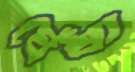
ঘেঁষা